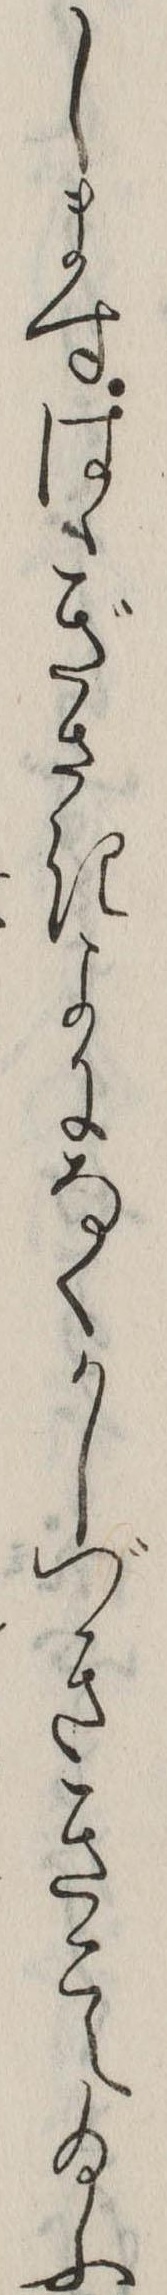
しますはゝぎさきよになくかしづききこえ給ふ